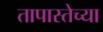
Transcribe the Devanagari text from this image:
तापास्तेच्या